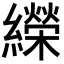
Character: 𦆱